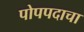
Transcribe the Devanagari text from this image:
पोपपदाचा